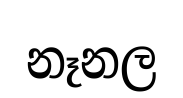
නෑනල